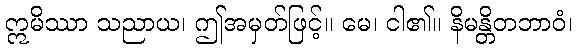
ဣမိဿာ သညာယ၊ ဤအမှတ်ဖြင့်။ မေ၊ ငါ၏။ နိမန္တိတဘာဝံ၊